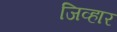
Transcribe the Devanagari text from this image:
जिव्हार